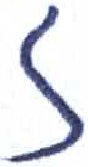
אות: ז